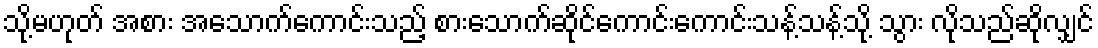
သို့မဟုတ် အစား အသောက်ကောင်းသည့် စားသောက်ဆိုင်ကောင်းကောင်းသန့်သန့်သို့ သွား လိုသည်ဆိုလျှင်